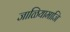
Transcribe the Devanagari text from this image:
जाळियामाजि